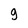
Character: 9